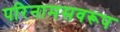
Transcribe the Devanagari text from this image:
परिनामसवरूप